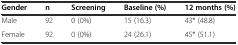
| Gender | n | Screening | Baseline (%) | 12 months (%) |
 | --- | --- | --- | --- | --- |
 | Male | 92 | 0 (0%) | 15 (16.3) | 43* (48.8) |
 | Female | 92 | 0 (0%) | 24 (26.1) | 45* (51.1) |